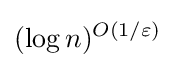
(\log n)^{O(1/\varepsilon )}